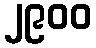
၂၉၀၀